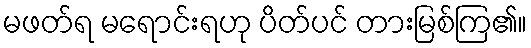
မဖတ်ရ မရောင်းရဟု ပိတ်ပင် တားမြစ်ကြ၏။